65_HS1-834228961_62-HQ-83894_SUB_A
Agency: FBI
Page 71
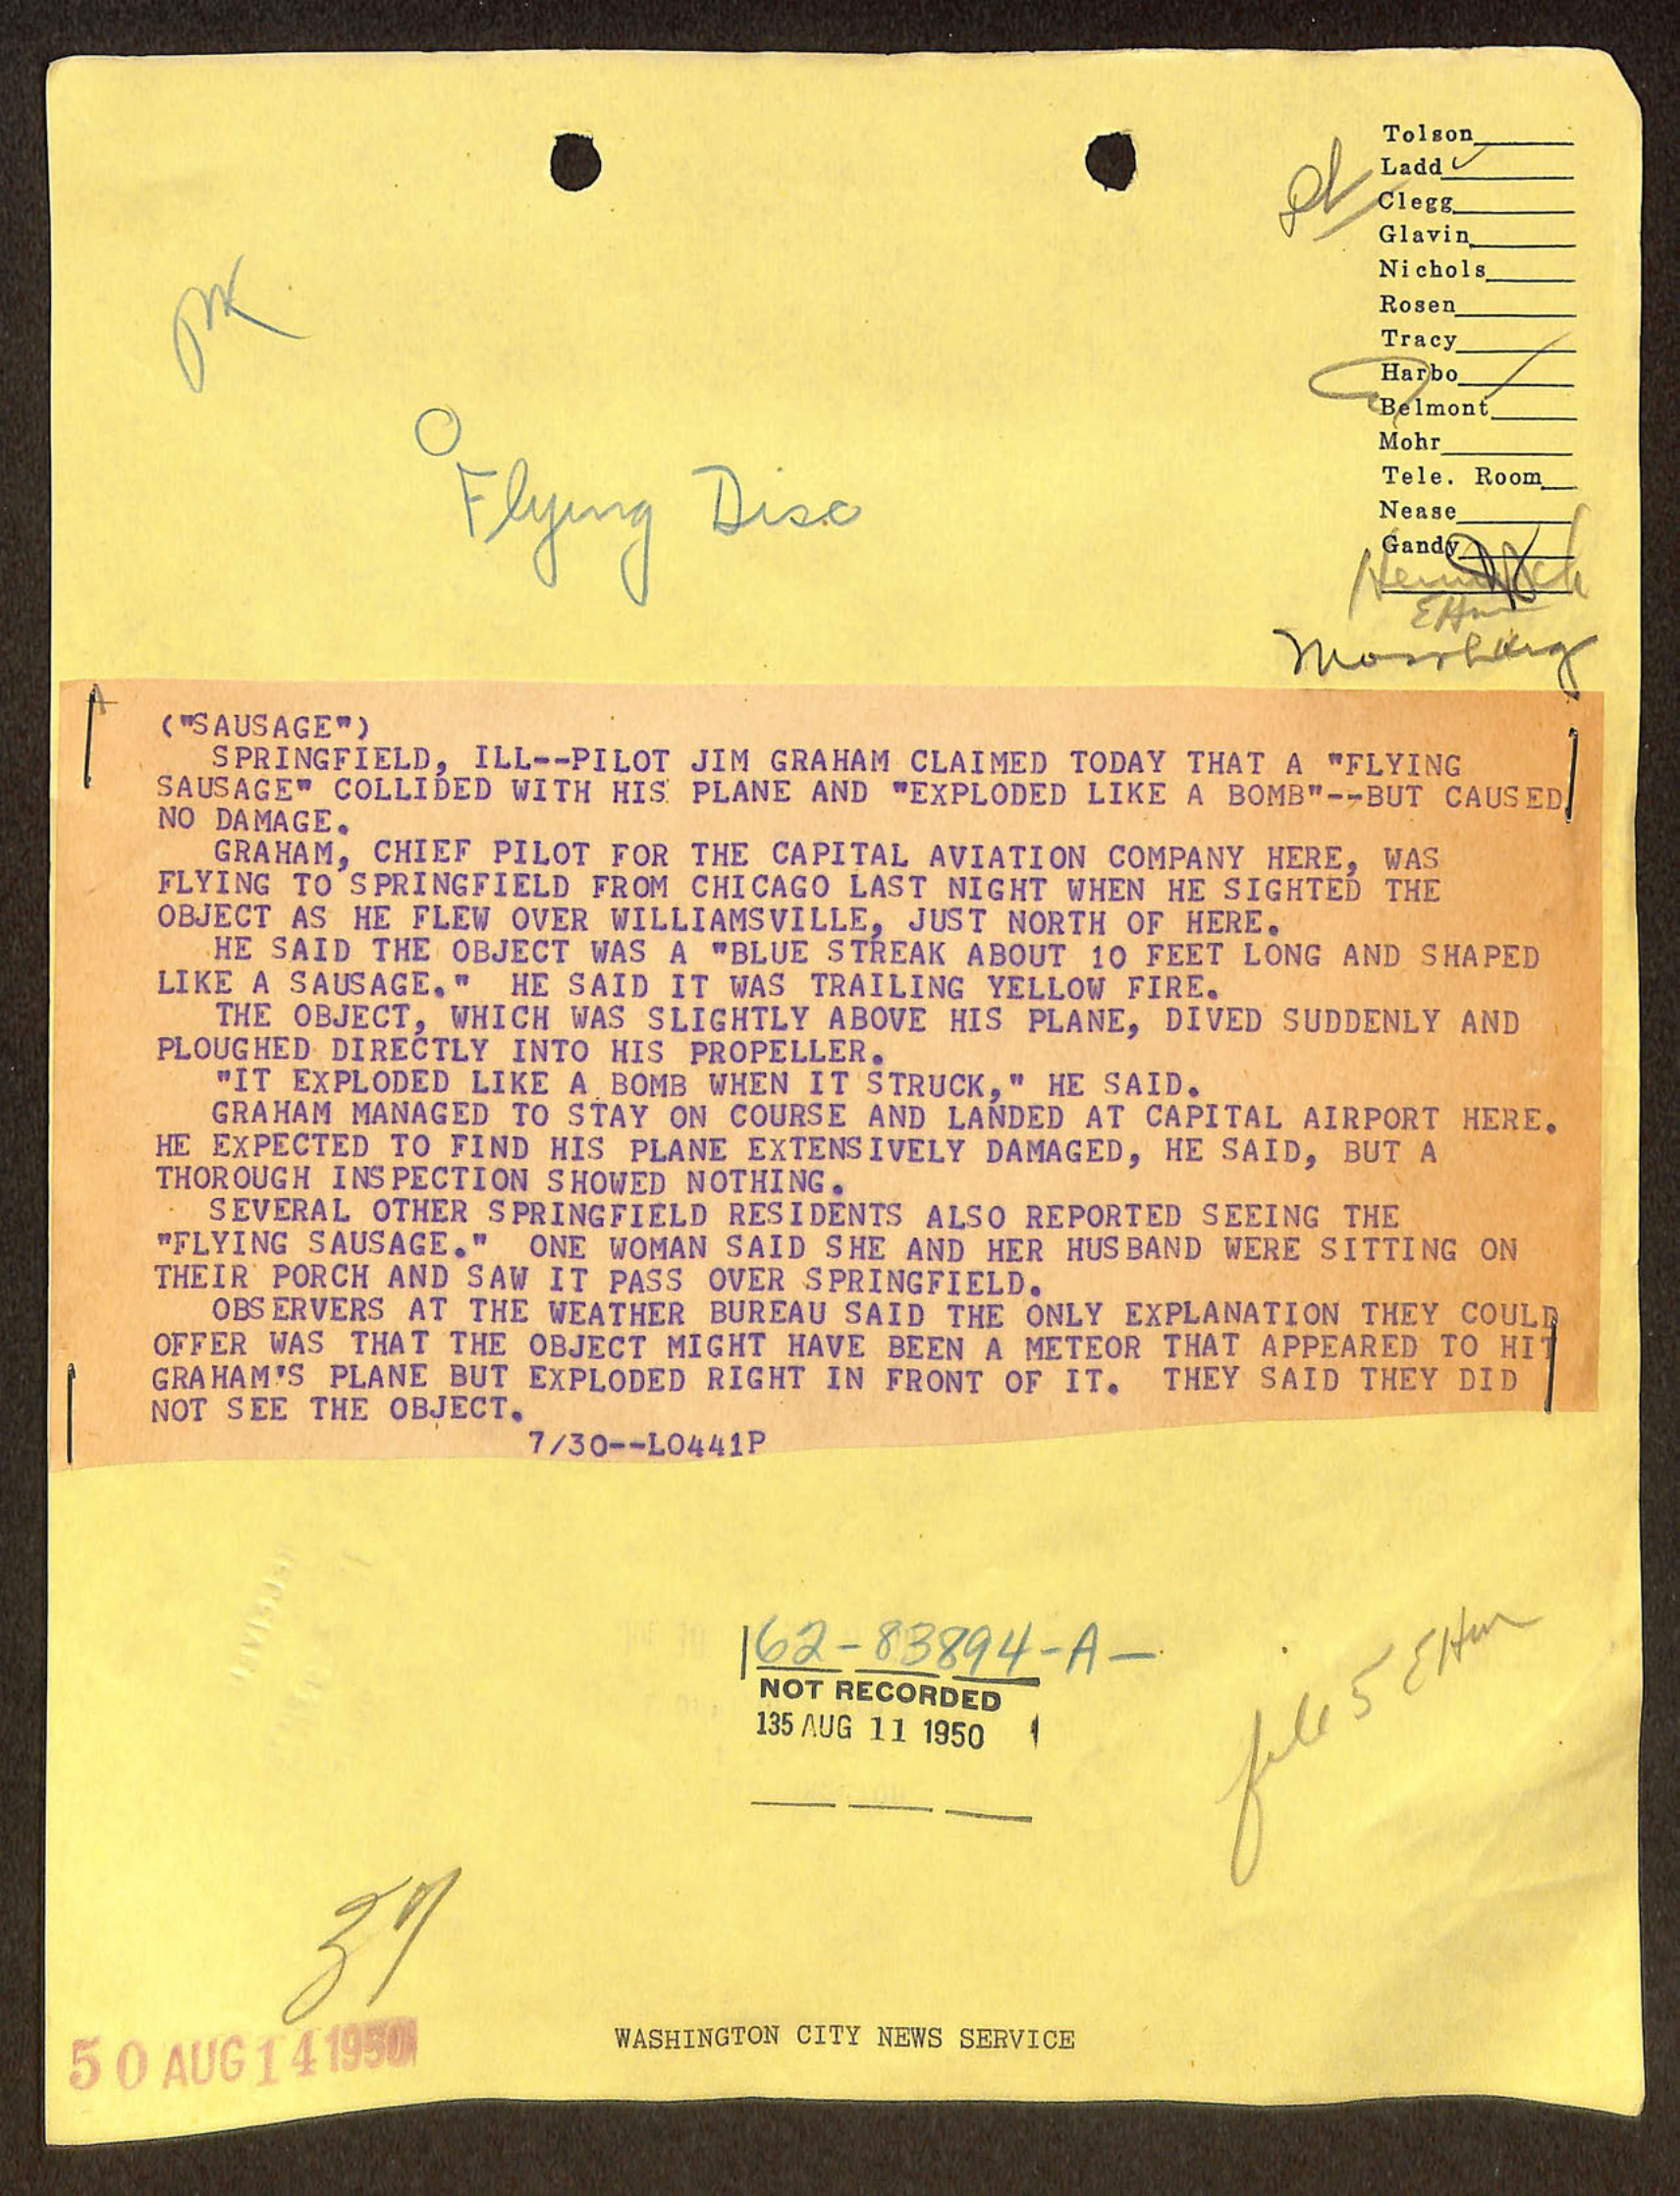